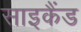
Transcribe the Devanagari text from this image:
साइकैंड